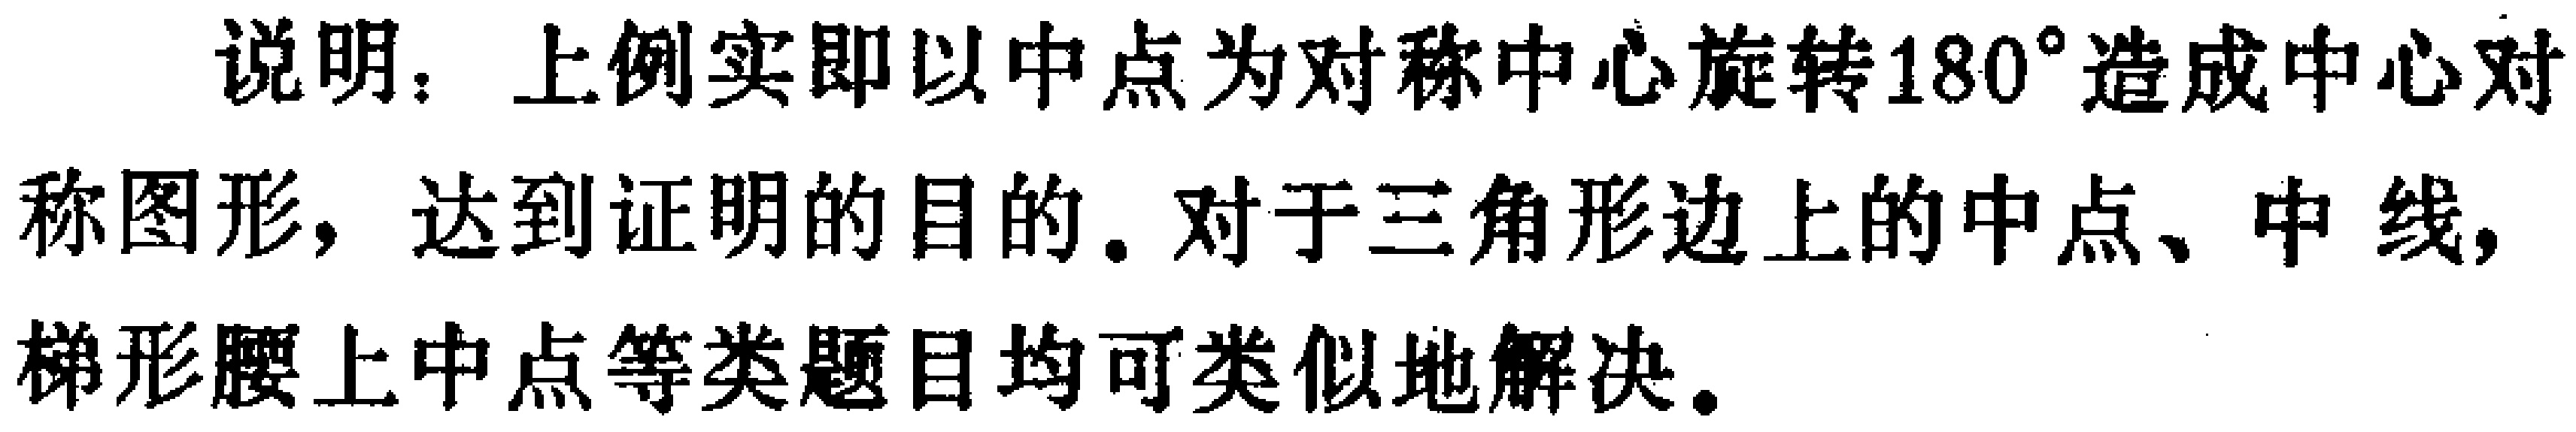
说明：上例实即以中点为对称中心旋转$180^{\circ}$造成中心对称图形，达到证明的目的。对于三角形边上的中点、中线，梯形腰上中点等类题目均可类似地解决。